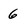
Character: 6